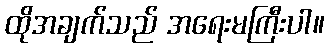
ထိုအချက်သည် အရေးမကြီးပါ။